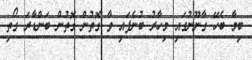
ބިމާ ބެހޭ ގާނޫނުގައި މިހާރު ބުނެފައި ވާ ގޮތުން ގޮތުން ބަންޑާރަ ގޯތި